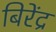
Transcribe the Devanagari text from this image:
बिरेंद्र